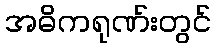
အဓိကရုဏ်းတွင်